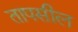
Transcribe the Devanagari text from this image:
तापसील